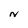
Character: N